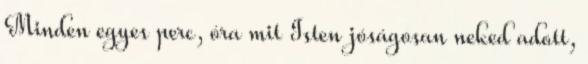
Minden egyes perc, óra mit Isten jóságosan neked adott,